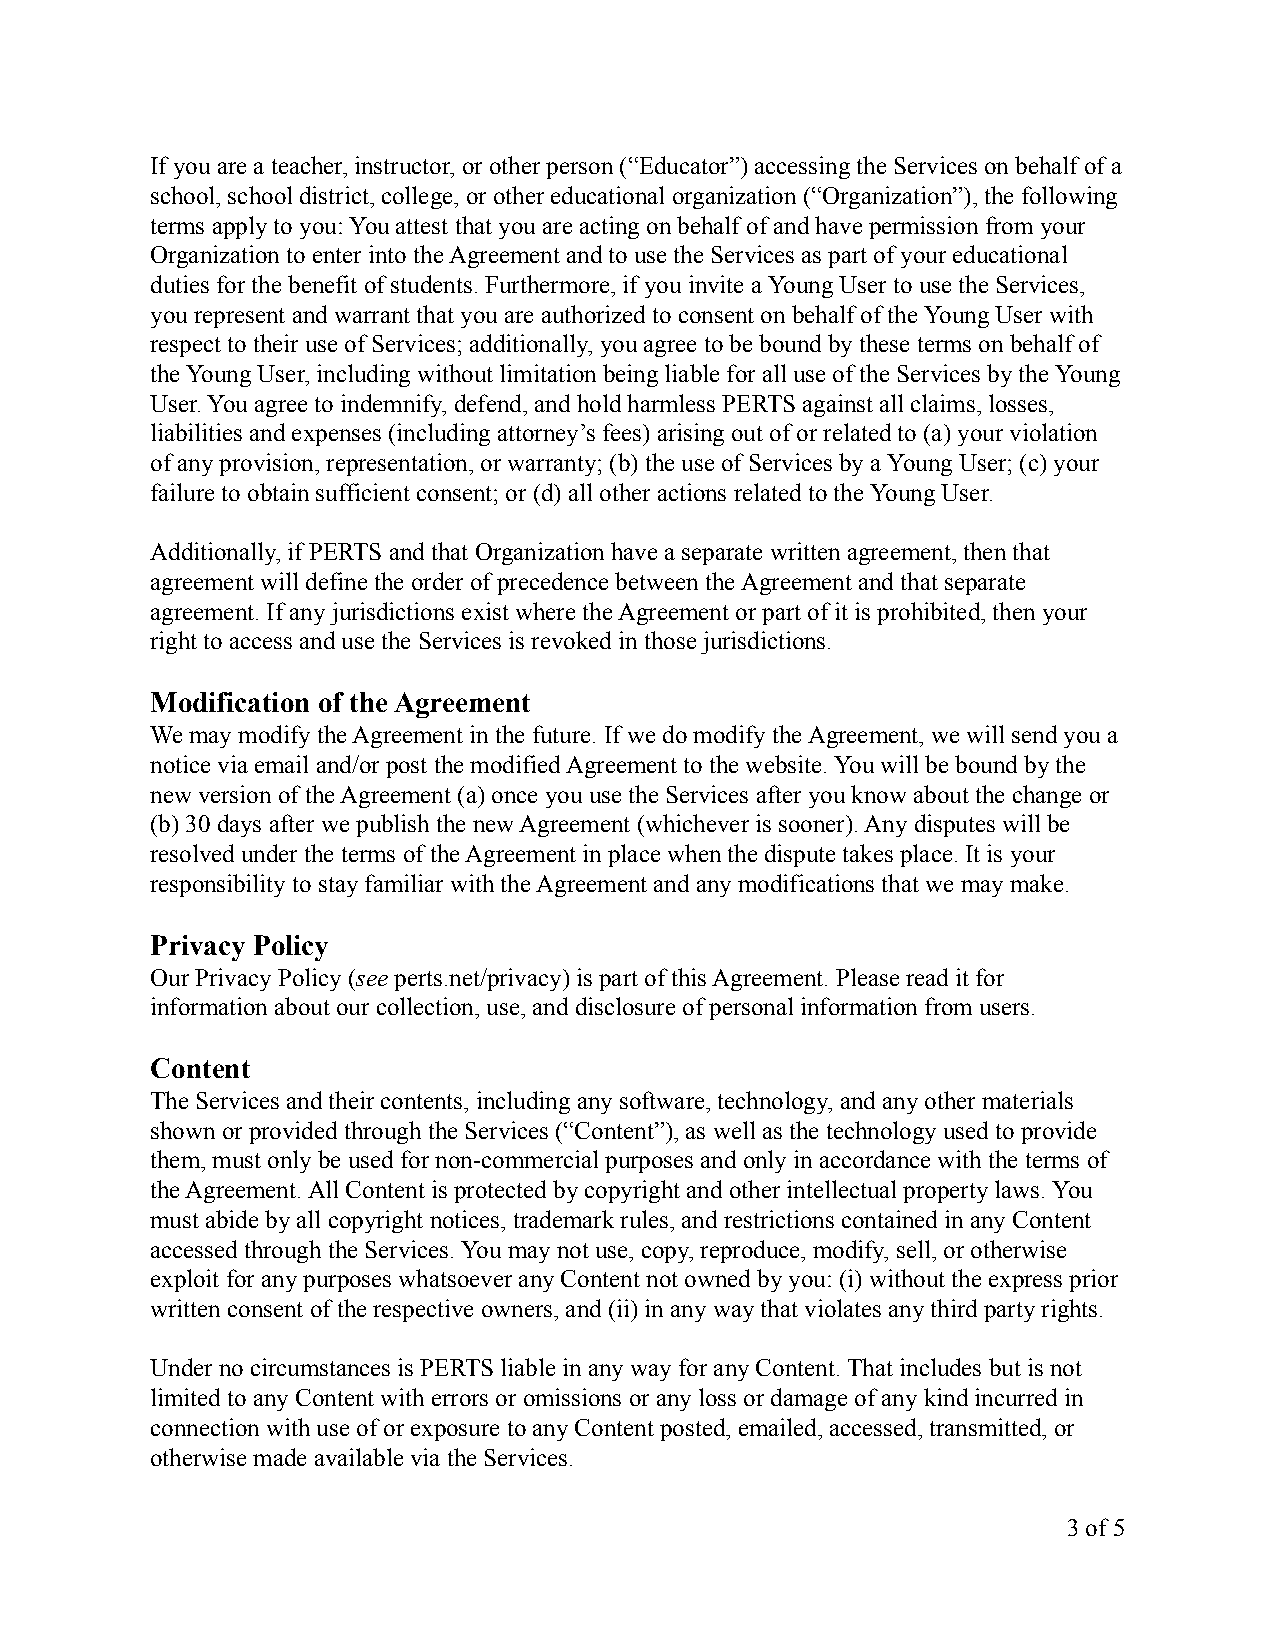
If you are a teacher, instructor, or other person (“Educator”) accessing the Services on behalf of a
 school, school district, college, or other educational organization (“Organization”), the following
 terms apply to you: You attest that you are acting on behalf of and have permission from your
 Organization to enter into the Agreement and to use the Services as part of your educational
 duties for the benefit of students. Furthermore, if you invite a Young User to use the Services,
 you represent and warrant that you are authorized to consent on behalf of the Young User with
 respect to their use of Services; additionally, you agree to be bound by these terms on behalf of
 the Young User, including without limitation being liable for all use of the Services by the Young
 User. You agree to indemnify, defend, and hold harmless PERTS against all claims, losses,
 liabilities and expenses (including attorney’s fees) arising out of or related to (a) your violation
 of any provision, representation, or warranty; (b) the use of Services by a Young User; (c) your
 failure to obtain sufficient consent; or (d) all other actions related to the Young User.
 Additionally, if PERTS and that Organization have a separate written agreement, then that
 agreement will define the order of precedence between the Agreement and that separate
 agreement. If any jurisdictions exist where the Agreement or part of it is prohibited, then your
 right to access and use the Services is revoked in those jurisdictions.
 Modification of the Agreement
 We may modify the Agreement in the future. If we do modify the Agreement, we will send you a
 notice via email and/or post the modified Agreement to the website. You will be bound by the
 new version of the Agreement (a) once you use the Services after you know about the change or
 (b) 30 days after we publish the new Agreement (whichever is sooner). Any disputes will be
 resolved under the terms of the Agreement in place when the dispute takes place. It is your
 responsibility to stay familiar with the Agreement and any modifications that we may make.
 Privacy Policy
 Our Privacy Policy (seeperts.net/privacy) is partof this Agreement. Please read it for
 information about our collection, use, and disclosure of personal information from users.
 Content
 The Services and their contents, including any software, technology, and any other materials
 shown or provided through the Services (“Content”), as well as the technology used to provide
 them, must only be used for non-commercial purposes and only in accordance with the terms of
 the Agreement. All Content is protected by copyright and other intellectual property laws. You
 must abide by all copyright notices, trademark rules, and restrictions contained in any Content
 accessed through the Services. You may not use, copy, reproduce, modify, sell, or otherwise
 exploit for any purposes whatsoever any Content not owned by you: (i) without the express prior
 written consent of the respective owners, and (ii) in any way that violates any third party rights.
 Under no circumstances is PERTS liable in any way for any Content. That includes but is not
 limited to any Content with errors or omissions or any loss or damage of any kind incurred in
 connection with use of or exposure to any Content posted, emailed, accessed, transmitted, or
 otherwise made available via the Services.
 3of5